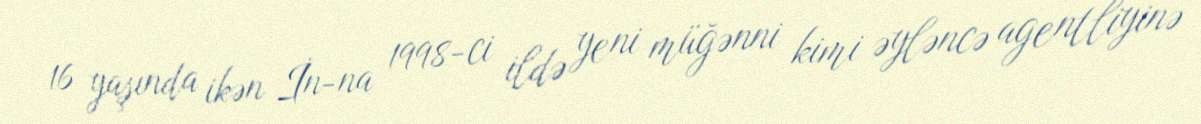
16 yaşında ikən İn-na 1998-ci ildə yeni müğənni kimi əyləncə agentliyinə